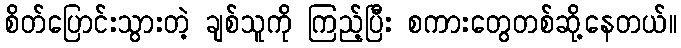
စိတ်ပြောင်းသွားတဲ့ ချစ်သူကို ကြည့်ပြီး စကားတွေတစ်ဆို့နေတယ်။